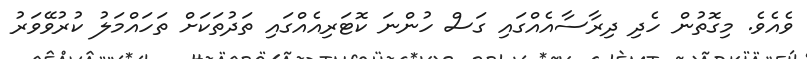
ވެއެވެ. މިގޮތުން ހެދި ދިރާސާއެއްގައި ގަސް ހުންނަ ކޮޓަރިއެއްގައި ތަދުތަކަށް ތަހައްމަލު ކުރުވޭވަރު